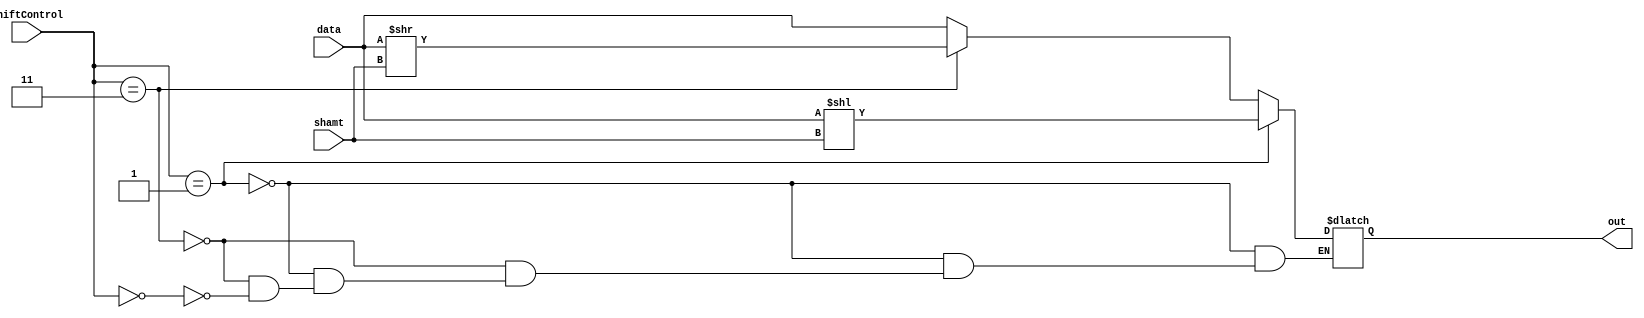
`timescale 1ns / 1ps
//////////////////////////////////////////////////////////////////////////////////
// Company: 
// Engineer: 
// 
// Design Name: 
// Module Name: shifter
// Project Name: 
// Target Devices: 
// Tool Versions: 
// Description: 
// 
// Dependencies: 
// 
// Revision:
// Revision 0.01 - File Created
// Additional Comments:
// 
//////////////////////////////////////////////////////////////////////////////////


module shifter(
    input [1:0] shiftControl,
    input [3:0] shamt,
    input [15:0] data,
    output reg [15:0] out
    );
    
    always @ (shiftControl or data or shamt)
    begin
        if (shiftControl == 2'b01)
            out = data << shamt;
        else if (shiftControl == 2'b11)
            out = data >> shamt;
        else if (shiftControl == 2'b00)
            out = data;
    end
endmodule